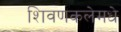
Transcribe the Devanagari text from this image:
शिवणकलेमधे